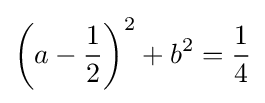
\left(a-{\frac {1}{2}}\right)^{2}+b^{2}={\frac {1}{4}}